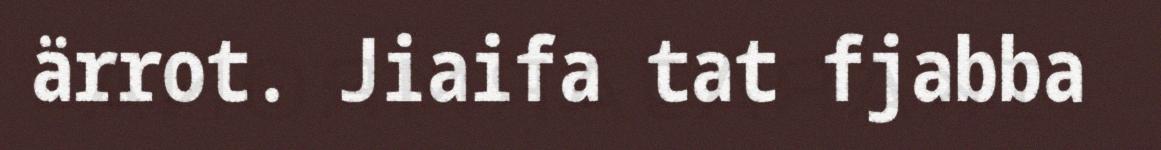
ärrot. Jiaifa tat fjabba